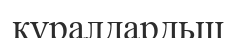
құралдардьщ